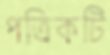
পত্রিকটি